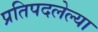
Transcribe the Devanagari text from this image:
प्रतिपदलेल्या